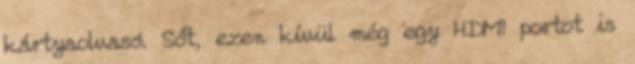
kártyaolvasó. Sőt, ezen kívül még egy HDMI portot is